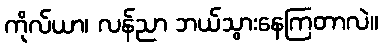
ကိုလ်ယာ၊ လန်ညာ ဘယ်သွားနေကြတာလဲ။